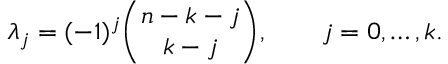
\lambda _ { j } = ( - 1 ) ^ { j } { \binom { n - k - j } { k - j } } , \qquad j = 0 , \ldots , k .